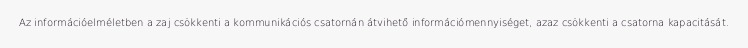
Az információelméletben a zaj csökkenti a kommunikációs csatornán átvihető információmennyiséget, azaz csökkenti a csatorna kapacitását.